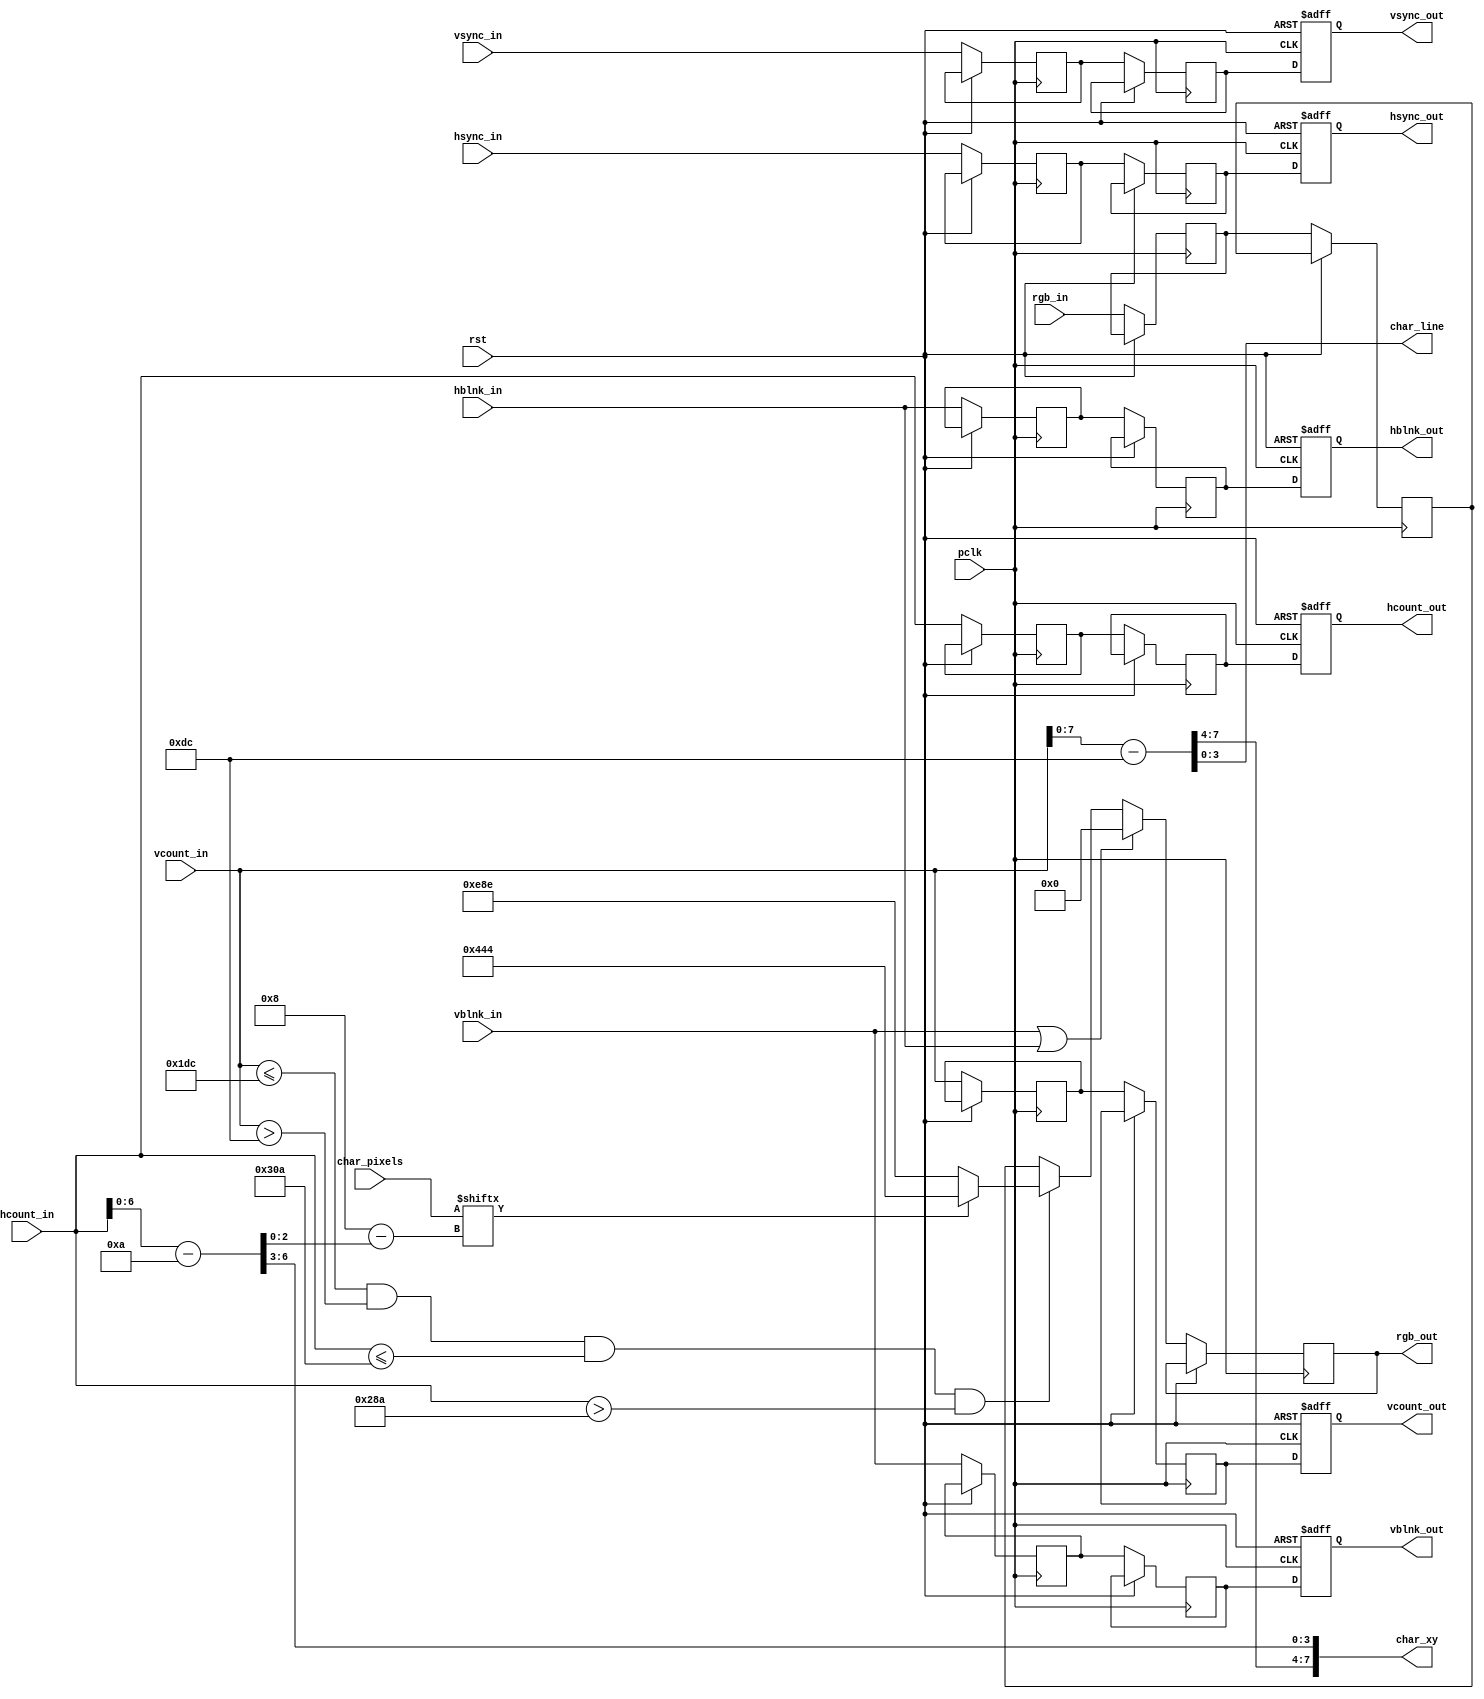
`timescale 1ns / 1ps
//////////////////////////////////////////////////////////////////////////////////
// Company: 
// Engineer: 
// 
// Design Name: 
// Module Name: draw_rect_char
// Project Name: 
// Target Devices: 
// Tool Versions: 
// Description: 
// 
// Dependencies: 
// 
// Revision:
// Revision 0.01 - File Created
// Additional Comments:
// 
//////////////////////////////////////////////////////////////////////////////////


module draw_rect_char2(
    input [10:0] hcount_in,
    input hsync_in,
    input hblnk_in,
    input [10:0] vcount_in,
    input vsync_in,
    input vblnk_in,
    input [11:0] rgb_in,
    input wire [7:0] char_pixels,
    input wire rst,
    input wire pclk,
    
    output reg [10:0] hcount_out,
    output reg hsync_out,
    output reg hblnk_out,
    output reg [10:0] vcount_out,
    output reg vsync_out,
    output reg vblnk_out,
    output reg [11:0] rgb_out,
    output [7:0] char_xy,
    output [3:0] char_line
    );
    
 
    localparam LETTERS = 12'h4_4_4, BG = 12'he_8_e;
    localparam RECT_X = 650, RECT_Y = 220;
    
      reg [11:0] rgb_nxt, pixel_addr_nxt, x_pos_reg, y_pos_reg;
      reg hsync_delay1, vsync_delay1, hsync_delay2, vsync_delay2;
      reg hblnk_delay1, vblnk_delay1, hblnk_delay2, vblnk_delay2;
      reg [10:0] hcount_delay1, vcount_delay1, hcount_delay2, vcount_delay2;
      reg [11:0] rgb_delay1, rgb_delay2;
      wire [10:0]  hcount_in_rect, vcount_in_rect;
      
      always @*
      begin
      if (vblnk_in || hblnk_in) rgb_nxt = 12'h0_0_0; 
      else 
          begin
             if (vcount_in <= 256 + RECT_Y && vcount_in > RECT_Y && hcount_in <= 128 + RECT_X && hcount_in > RECT_X)
                 begin
                      if (char_pixels[4'b1000-hcount_in_rect[2:0]])
                           rgb_nxt = LETTERS; 
                      else
                          rgb_nxt = BG;
                 end
             else
                  rgb_nxt = rgb_delay2;
          end
      end
      
      
      always @(posedge pclk, posedge rst) 
      begin
          if(rst)
              begin
              hcount_out <= 0;
              vcount_out <= 0;
              vblnk_out <= 0;
              vsync_out <= 0;
              hblnk_out <= 0;
              hsync_out <= 0;
              end
          else
          begin   
          
             hcount_delay1 <= hcount_in;
             hsync_delay1 <= hsync_in;
             hblnk_delay1 <= hblnk_in;
             vcount_delay1 <= vcount_in;
             vsync_delay1 <= vsync_in;
             vblnk_delay1 <= vblnk_in;
             rgb_delay1 <= rgb_in;
             
             hcount_delay2 <= hcount_delay1;
             hsync_delay2 <= hsync_delay1;
             hblnk_delay2 <= hblnk_delay1;
             vcount_delay2 <= vcount_delay1;
             vsync_delay2 <= vsync_delay1;
             vblnk_delay2 <= vblnk_delay1;
             rgb_delay2 <= rgb_delay1;
                
             hcount_out <= hcount_delay2;
             vcount_out <= vcount_delay2;
             vblnk_out <= vblnk_delay2;
             vsync_out <= vsync_delay2;
             hblnk_out <= hblnk_delay2;
             hsync_out <= hsync_delay2;
             
             rgb_out <= rgb_nxt;
             
           end
       end
       
       assign char_xy = {vcount_in_rect[7:4], hcount_in_rect[6:3]};
       assign char_line = vcount_in_rect[3:0];
       
       assign vcount_in_rect = vcount_in -  RECT_Y;
       assign hcount_in_rect = hcount_in -  RECT_X;   
       
endmodule